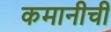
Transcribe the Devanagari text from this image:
कमानीची